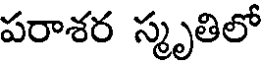
పరాశర స్మృతిలో